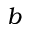
b